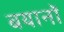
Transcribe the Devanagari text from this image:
बयानॉ